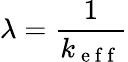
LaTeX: \lambda=\frac{1}{k_{\mathrm{~e~f~f~}}}